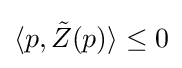
\langle p,{\tilde {Z}}(p)\rangle \leq 0